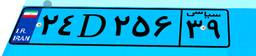
۸۵D۸۵۹۹۳